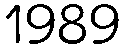
1989